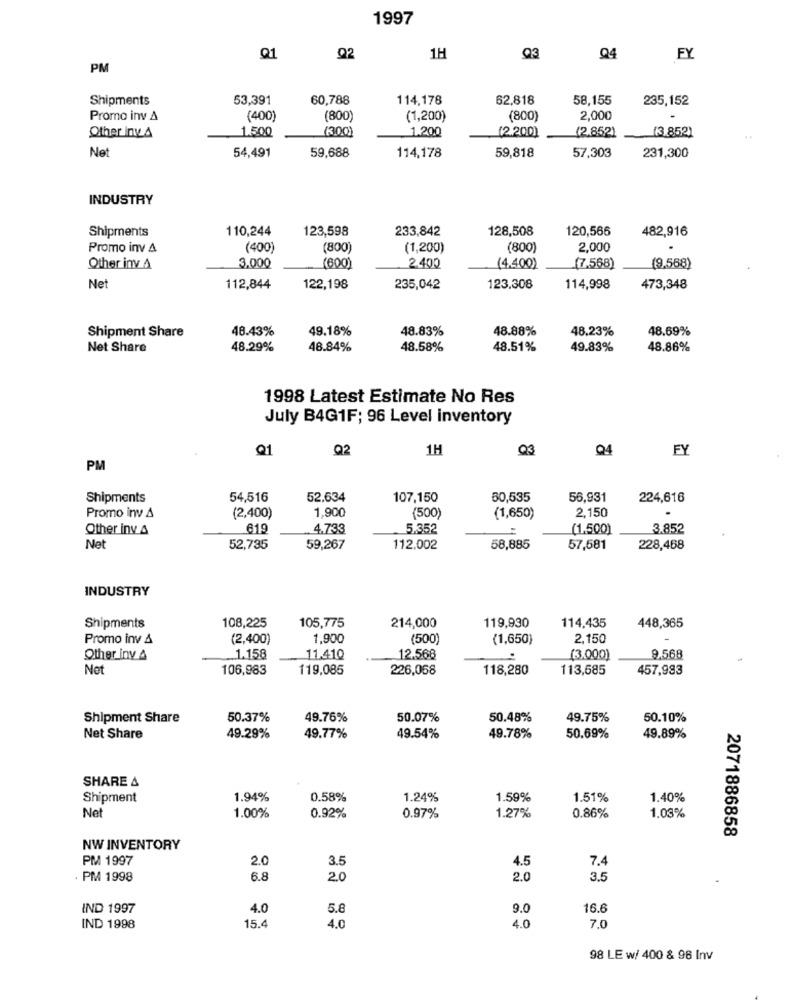
1997
Q1
Q2
1H
Q3
Q4
FY
PM
Shipments
53,391
60,788
114,178
62,818
58,155
235,152
Promo inv A
(400)
(800)
(1,200)
(800)
2,000
(300)
1.200
(2.852)
Other Inv. A
1.500
(2.200)
(3 852)
Net
59,688
54,491
114,178
59,818
57,303
231,300
INDUSTRY
Shipments
110,244
123,598
233,842
128,508
120,566
482,916
Promo inv A
(400)
(800)
(1,200)
(800)
2,000
Other inv A
3.000
(600)
2.400
(4.400)
(7,568)
(9.588)
Net
112,844
122,198
235,042
123,308
114,998
473,348
Shipment Share
48.43%
49.18%
48.83%
48.88%
48.23%
48.69%
Net Share
48.29%
48.84%
48.58%
48.51%
49.83%
48.86%
1998 Latest Estimate No Res
July B4G1F; 96 Level inventory
Q1
Q2
1H
Q3
Q4
FY
PM
Shipments
54,516
52.634
107,150
60,535
56,931
224,616
Promo inv A
1,900
(500)
2,150
(2,400)
(1,650)
Other inv &
619
4.733
5.352
(1,500)
3.852
Net
52,735
59,267
112.002
58,885
57,581
228,468
INDUSTRY
105,775
214,000
119,930
114,435
Shipments
108,225
448,365
Promo inv &
(2,400)
1,900
(500)
(1,650)
2.150
Other inv &
_. 1.158
11.410
12.568
(3,000)
9.568
Not
106,983
119,085
226,058
118,280
113,685
457,993
Shipment Share
50.37%
49.76%
50.07%
50.48%
49.75%
50.10%
Net Share
49.29%
49.77%
49.54%
49.78%
50.69%
49.89%
SHARE 4
Shipment
1.94%
0.58%
1.24%
1.59%
1.51%
1.40%
Ne
1.00%
1.27%
0.86%
0.92%
0.97%
1.03%
2071886858
NW INVENTORY
PM 1997
2.0
3.5
4.5
7.4
. PM 1998
6.8
2.0
2.0
3.5
IND 1997
4.0
5.8
9.0
16.6
IND 1998
15.
4.0
4.0
7.0
98 LE w/ 400 & 96 Inv